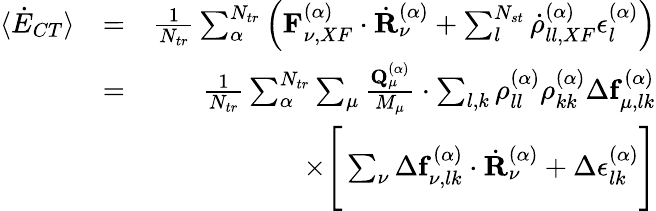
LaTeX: \begin{array}{rlr}{\langle\dot{E}_{CT}\rangle}&{=}&{\frac{1}{N_{tr}}\sum_{\alpha}^{N_{tr}}\left(\mathbf{F}_{\nu,XF}^{(\alpha)}\cdot\dot{\mathbf{R}}_{\nu}^{(\alpha)}+\sum_{l}^{N_{st}}\dot{\rho}_{ll,XF}^{(\alpha)}\epsilon_{l}^{(\alpha)}\right)}\\ &{=}&{\frac{1}{N_{tr}}\sum_{\alpha}^{N_{tr}}\sum_{\mu}\frac{\mathbf{Q}_{\mu}^{(\alpha)}}{M_{\mu}}\cdot\sum_{l,k}\rho_{ll}^{(\alpha)}\rho_{kk}^{(\alpha)}\Delta\mathbf{f}_{\mu,lk}^{(\alpha)}}\\ &{}&{\times\Bigg[\sum_{\nu}\Delta\mathbf{f}_{\nu,lk}^{(\alpha)}\cdot\dot{\mathbf{R}}_{\nu}^{(\alpha)}+\Delta\epsilon_{lk}^{(\alpha)}\Bigg]}\end{array}